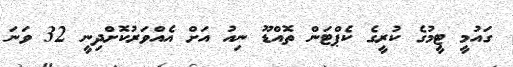
ގައުމީ ޓީމުގެ ކުރީގެ ކެޕްޓަން ތޮއްޑޫ ނިއު އަށް އެއްވަރުކޮށްދިނީ 32 ވަނަ